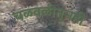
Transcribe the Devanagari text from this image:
चळवळीतूनही